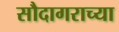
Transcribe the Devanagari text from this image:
सौदागराच्या